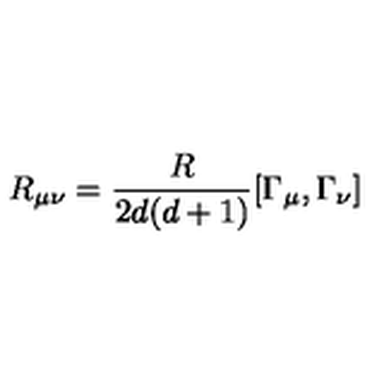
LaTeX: R _ { \mu \nu } = \frac { R } { 2 d ( d + 1 ) } [ \Gamma _ { \mu } , \Gamma _ { \nu } ]